Vaccination in the Punjab 1883-1896 - 1883-1896
Year: 1883
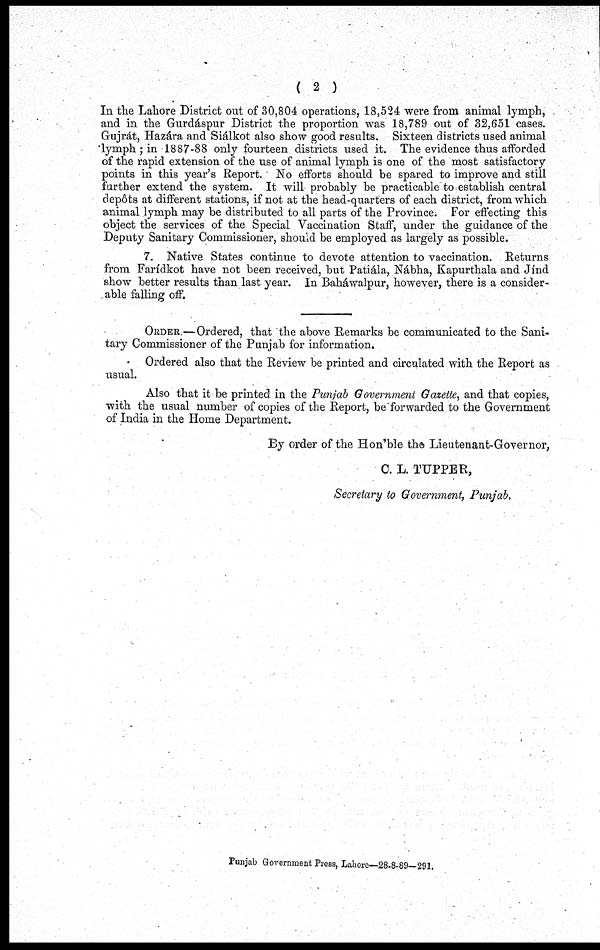
( 2 )
In the Lahore District out of 30,804 operations, 18,524 were from animal lymph,
and in the Gurdáspur District the proportion was 18,789 out of 32,651 cases.
Grujrát, Hazára and Siálkot also show good results. Sixteen districts used animal
lymph ; in 1887-88 only fourteen districts used it. The evidence thus afforded
of the rapid extension of the use of animal lymph is one of the most satisfactory
points in this year's Report. No efforts should be spared to improve and still
further extend the system. It will probably be practicable to establish central
depôts at different stations, if not at the head-quarters of each district, from which
animal lymph may be distributed to all parts of the Province. For effecting this
object the services of the Special Vaccination Staff, under the guidance of the
Deputy Sanitary Commissioner, should be employed as largely as possible.
7. Native States continue to devote attention to vaccination. Returns
from Farídkot have not been received, but Patiála, Nábha, Kapurthala and Jínd
show better results than last year. In Baháwalpur, however, there is a consider-
able falling off.
ORDER.—Ordered, that the above Remarks be communicated to the Sani-
tary Commissioner of the Punjab for information.
Ordered also that the Review be printed and circulated with the Report as
usual.
Also that it be printed in the Punjab Government Gazette, and that copies,
with the usual number of copies of the Report, be forwarded to the Government
of India in the Home Department.
By order of the Hon'ble the Lieutenant-Governor,
C.L. TUPPER,
Secretary to Government, Punjab.
Punjab Government Press, Lahore—28-8-89—291.